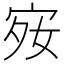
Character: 𪧋